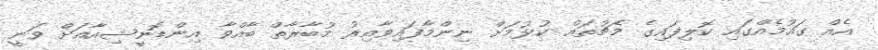
އެއް ގައުމެއްގައި ކޮލިފައިގެ މެޗުތައް ކުޅުމަށް ނިންމާފައިވާއިރު މުބާރާތް ބާއްވާ އިންޑޮނީޝިއާއަށް ވަނީ